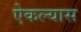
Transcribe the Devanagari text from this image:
ऐकल्यास